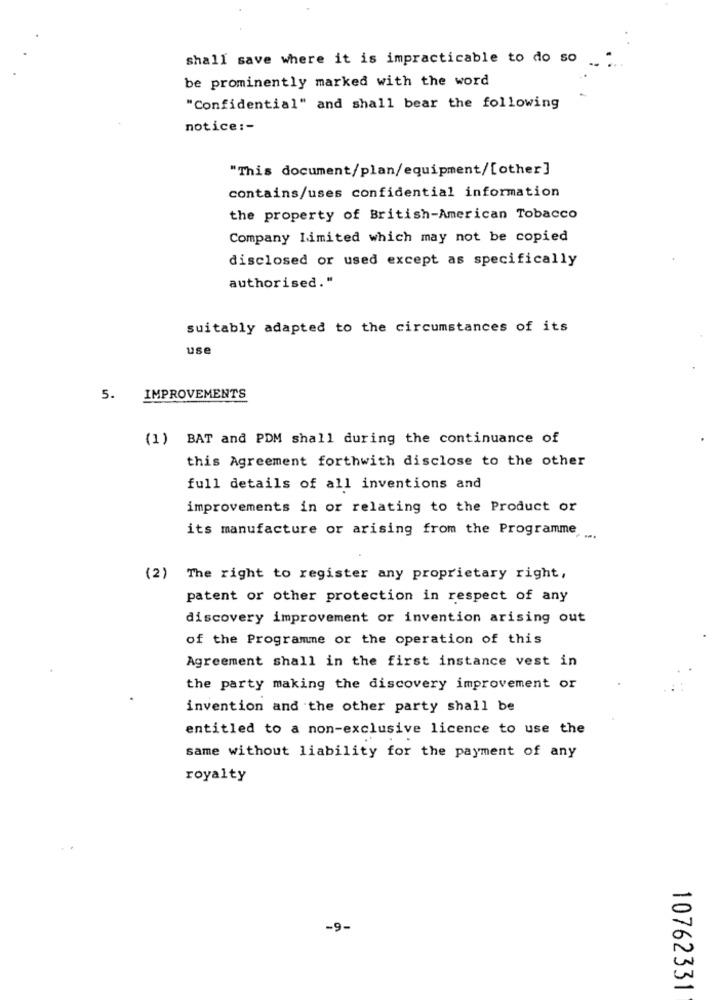
shall save where it is impracticable to do so
be prominently marked with the word
"Confidential" and shall bear the following
notice: -
"This document/plan/equipment/[other]
contains/uses confidential information
the property of British-American Tobacco
Company limited which may not be copied
disclosed or used except as specifically
authorised."
suitably adapted to the circumstances of its
use
5.
IMPROVEMENTS
(1) BAT and PDM shall during the continuance of
this Agreement forthwith disclose to the other
full details of all inventions and
improvements in or relating to the Product or
its manufacture or arising from the Programme
(2) The right to register any proprietary right,
patent or other protection in respect of any
discovery improvement or invention arising out
of the Programme or the operation of this
Agreement shall in the first instance vest in
the party making the discovery improvement or
invention and the other party shall be
entitled to a non-exclusive licence to use the
same without liability for the payment of any
royalty
-9-
10762331